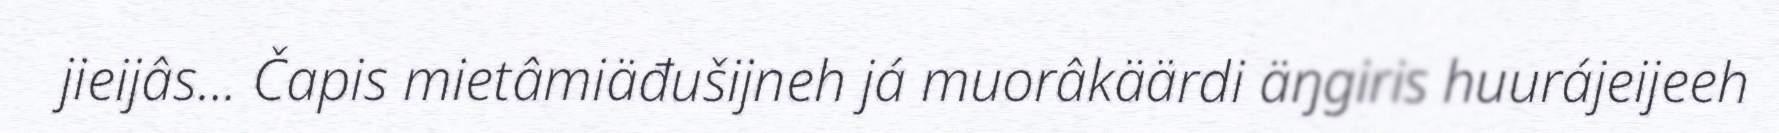
jieijâs... Čapis mietâmiäđušijneh já muorâkäärdi äŋgiris huurájeijeeh